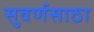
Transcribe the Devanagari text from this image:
सुवर्णसाठा